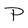
Character: P